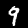
Digit: 9